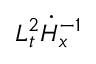
L _ { t } ^ { 2 } \dot { H } _ { x } ^ { - 1 }